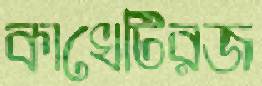
কাখেটিরজ